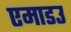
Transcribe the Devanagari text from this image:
एमाडउ